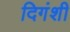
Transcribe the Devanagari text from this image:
दिगंशी